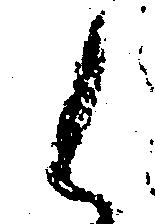
く